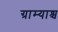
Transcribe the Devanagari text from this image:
ग्राम्याश्च